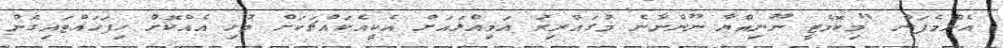
އެންމެފަން "މިކޮމެޓީ ނޫނިއްޔާ ނޫންނާނެ މުގައްރިރު އަމިއްލައަށް އެކީއެކައްޗަކަށް މުޅި އެއްކޮށް ހިފަހައްޓައިގެން